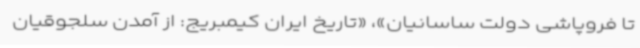
تا فروپاشی دولت ساسانیان»، «تاریخ ایران کیمبریج: از آمدن سلجوقیان